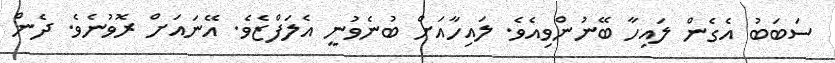
ސަބަބު އެގެން ލައިހާ ބޭނުންވިއެވެ. ލައިހާއަށް ބުނެވުނީ އެލަފްޒެވެ. އޭނައަށް ރޮވުނެވެ. ދެން